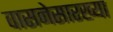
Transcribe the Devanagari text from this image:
वासनेसारख्या